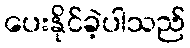
ပေးနိုင်ခဲ့ပါသည်